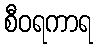
စီဝရကာရ